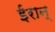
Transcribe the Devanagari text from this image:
ईरान्